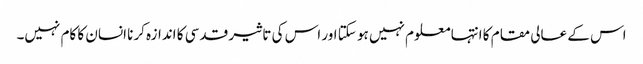
اس کے عالی مقام کا انتہا معلوم نہیں ہو سکتا اور اس کی تاثیر قدسی کا اندازہ کرنا انسان کا کام نہیں۔